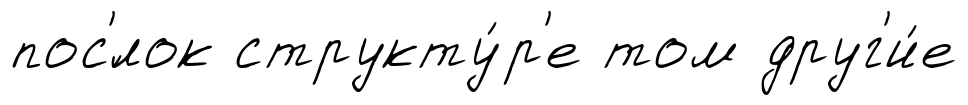
пос'́лок структу́р'е том друг'и́е